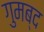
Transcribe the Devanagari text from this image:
गुमब्द